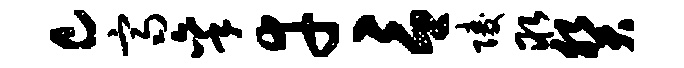
c齐秉幸言陵取癸